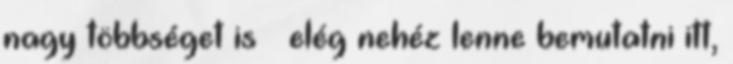
nagy többséget is – elég nehéz lenne bemutatni itt,